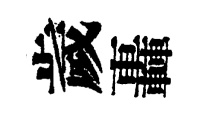
歲轟